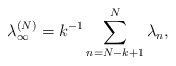
\begin{align*}\lambda_\infty^{(N)}=k^{-1}\sum_{n=N-k+1}^N \lambda_n, \end{align*}